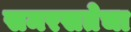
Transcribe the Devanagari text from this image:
समरसतेचा